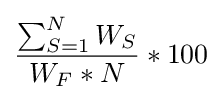
{\frac {\sum _{S=1}^{N}W_{S}}{W_{F}*N}}*100